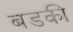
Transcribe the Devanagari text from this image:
बडकी